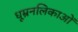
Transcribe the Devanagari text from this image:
धूम्रनलिकाओं